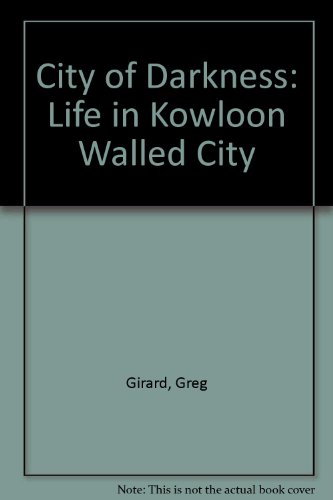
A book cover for City of Darkness: Life in Kowloon Walled City; Greg Girard; Travel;